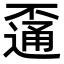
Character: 𨖕